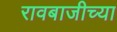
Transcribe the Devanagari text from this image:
रावबाजीच्या